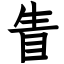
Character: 眚